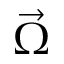
\vec { \Omega }